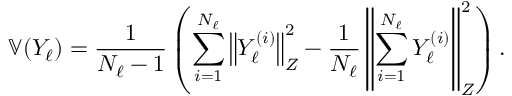
\mathbb { V } ( Y _ { \ell } ) = \frac { 1 } { N _ { \ell } - 1 } \left( \sum _ { i = 1 } ^ { N _ { \ell } } \left\Vert Y _ { \ell } ^ { ( i ) } \right\Vert _ { Z } ^ { 2 } - \frac { 1 } { N _ { \ell } } \left\Vert \sum _ { i = 1 } ^ { N _ { \ell } } Y _ { \ell } ^ { ( i ) } \right\Vert _ { Z } ^ { 2 } \right) .